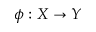
\phi : X \rightarrow Y